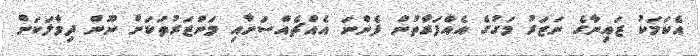
އެކަމަކު ޒައިނާގެ ނަޒަރު މަގުގެ އެއްފަރާތުން ފެންނަ އެއްޗެއްސަށާއި މަންޒަރުތަކަށް ނޫން ދިމާލަކަށް